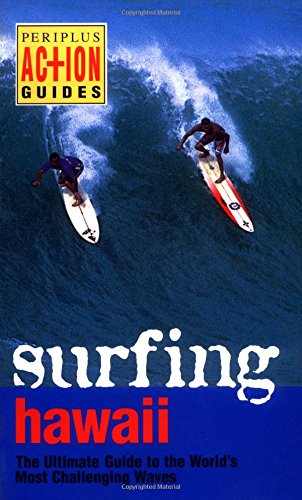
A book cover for Surfing Hawaii: The Ultimate Guide to the World's Most Challenging Waves (Periplus Action Guides); Leonard Lueras; Travel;